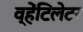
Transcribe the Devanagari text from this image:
व्हेंटिलेटर